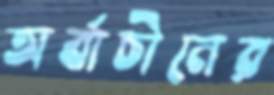
অর্বাচীনের